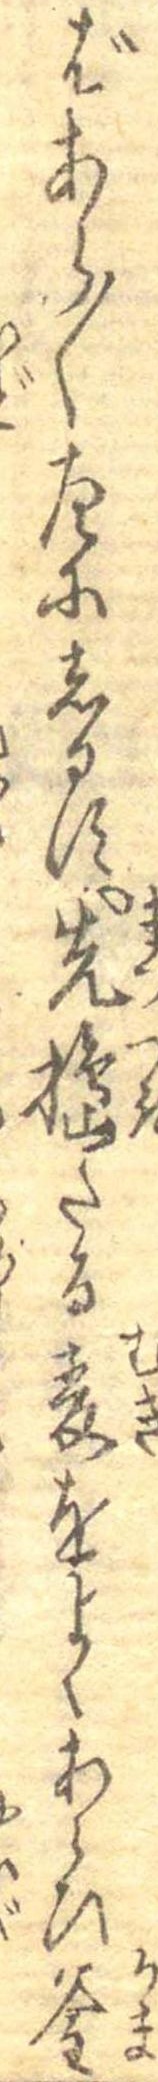
ばあら〱左にしるす先搗たる麦をよくあらひ釜